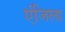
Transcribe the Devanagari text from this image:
एंजिला